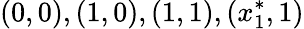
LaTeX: (0,0),(1,0),(1,1),(x_{1}^{*},1)